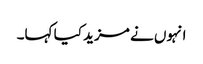
انہوں نے مزید کیا کہا۔